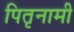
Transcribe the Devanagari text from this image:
पितृनामी